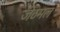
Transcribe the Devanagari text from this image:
जेठमल